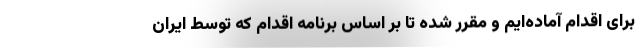
برای اقدام آماده‌ایم و مقرر شده تا بر اساس برنامه اقدام که توسط ایران